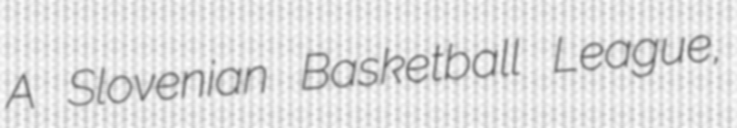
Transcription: A Slovenian Basketball League,